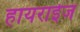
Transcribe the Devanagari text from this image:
हायराईज